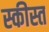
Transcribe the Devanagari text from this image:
स्कीस्त